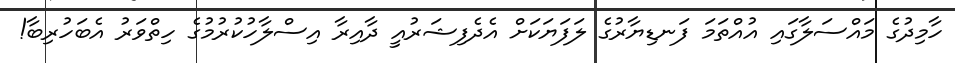
ހާމިދުގެ މައްސަލާގައި އުއްތަމަ ފަނޑިޔާރުގެ ލަފަޔަކަށް އެދެފިޝަރުއީ ދާއިރާ އިސްލާހުކުރުމުގެ ހިތްވަރު އެބަހުރިބާ!